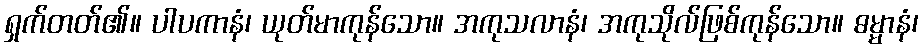
ရှက်တတ်၏။ ပါပကာနံ၊ ယုတ်မာကုန်သော။ အကုသလာနံ၊ အကုသိုလ်ဖြစ်ကုန်သော။ ဓမ္မာနံ၊